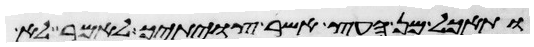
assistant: ותאכל מן העץ אשר צויתיך לאמר לא